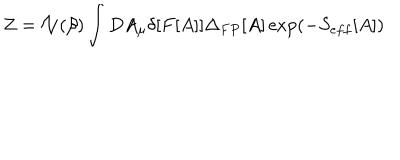
{ \cal Z } = { \cal N } ( \beta ) \int D A _ { \mu } \delta [ F [ A ] ] \Delta _ { F P } [ A ] \exp ( - S _ { e f f } [ A ] )